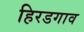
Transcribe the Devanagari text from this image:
हिरडगाव